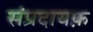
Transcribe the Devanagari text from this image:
संप्रदायफ़